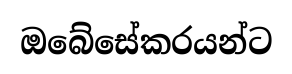
ඔබේසේකරයන්ට